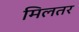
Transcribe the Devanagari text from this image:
मिलतर